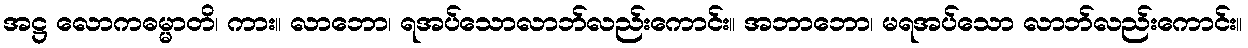
အဋ္ဌ လောကဓမ္မာတိ၊ ကား။ လာဘော၊ ရအပ်သောလာဘ်လည်းကောင်း။ အဘာဘော၊ မရအပ်သော လာဘ်လည်းကောင်း။